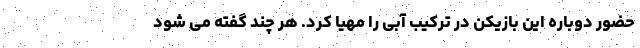
حضور دوباره این بازیکن در ترکیب آبی را مهیا کرد. هر چند گفته می شود